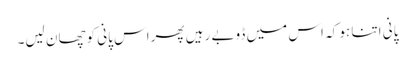
پانی اتنا ہو کہ اس میں ڈوبے رہیں پھراس پانی کوچھان لیں۔